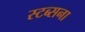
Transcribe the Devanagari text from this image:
स्टब्सना